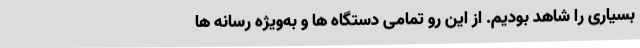
بسیاری را شاهد بودیم. از این رو تمامی دستگاه ها و به‌ویژه رسانه ها